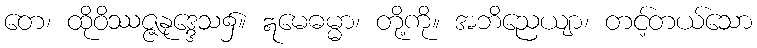
တေ၊ ထိုဝိဿဇ္ဇနုဒ္ဒေသ၌။ ဣမေဓမ္မာ၊ တို့ကို။ အဘိညေယျာ၊ တင့်တယ်သော